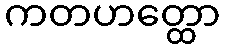
ကတဟတ္ထော